Scottish Leaving Certificate Examination, 1957
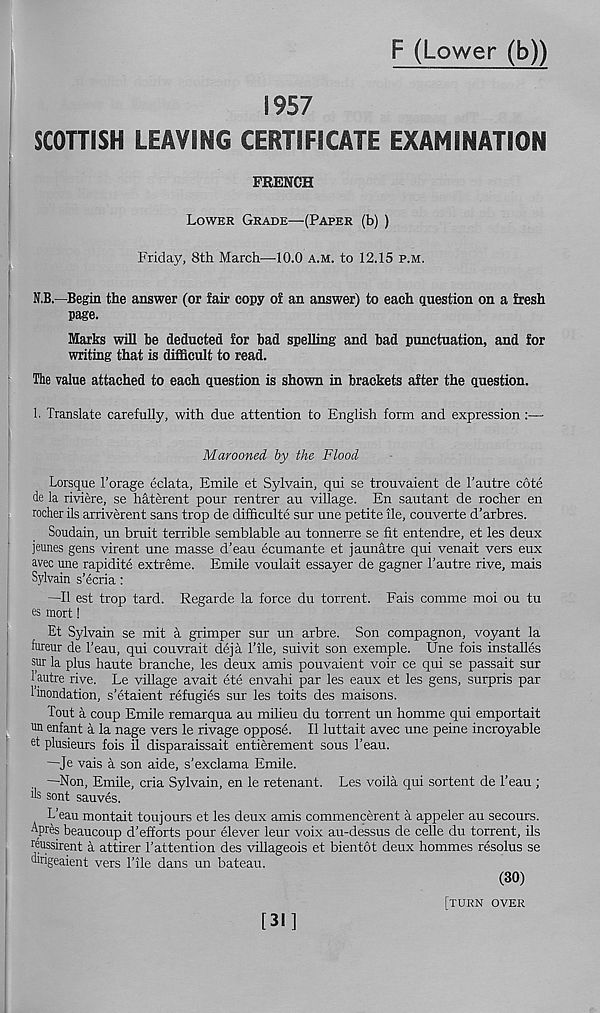
F (Lower (b))
1957
SCOTTISH LEAVING CERTIFICATE EXAMINATION
FRENCH
Lower Grade—(Paper (b) )
Friday, 8th March—-10.0 a.m. to 12.15 p.m.
N.B.—Begin the answer (or fair copy of an answer) to each question on a fresh
page.
Marks will be deducted for bad spelling and bad punctuation, and for
writing that is difficult to read.
The value attached to each question is shown in brackets after the question.
1. Translate carefully, with due attention to English form and expression :—
Marooned by the Flood
Lorsque 1’orage eclata, Emile et Sylvain, qui se trouvaient de T autre cote
de la riviere, se haterent pour rentrer au village. En sautant de rocher en
rocher ils arriverent sans trop de difficulte sur une petite ile, couverte d’arbres.
Soudain, un bruit terrible semblable au tonnerre se fit entendre, et les deux
jeunes gens virent une masse d’eau ecumante et jaunatre qui venait vers eux
avec une rapidite extreme. Emile voulait essayer de gagner Tautre rive, mats
Sylvain s’ecria:
—II est trop tard. Regarde la force du torrent. Fais comme moi ou tu
es mort!
Et Sylvain se mit a grimper sur un arbre. Son compagnon, voyant la
fureur de Teau, qui couvrait deja Tile, suivit son exemple. Une fois installes
sur la plus haute branche, les deux amis pouvaient voir ce qui se passait sur
lautre rive. Le village avait ete envahi par les eaux et les gens, surpris par
1’inondation, s’etaient refugies sur les toits des maisons.
Tout a coup Emile remarqua au milieu du torrent un homme qui emportait
un enfant a la nage vers le rivage oppose. 11 luttait avec une peine incroyable
et plusieurs fois il disparaissait entierement sous Teau.
—Je vais a son aide, s’exclama Emile.
—Non, Emile, cria Sylvain, en le retenant. Les voila qui sortent de Teau ;
■Is sont sauves.
L’eau montait toujours et les deux amis commencerent a appeler au secours.
Apres beaucoup d’efforts pour elever leur voix au-dessus de celle du torrent, ils
reussirent a attirer Tattention des villageois et bientot deux hommes resolus se
dirigeaient vers Tile dans un bateau.
(30)
[turn over
[31]